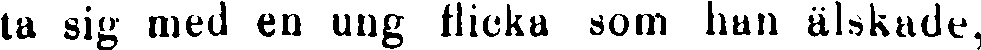
ta sig med en ung flicka som han älskade,